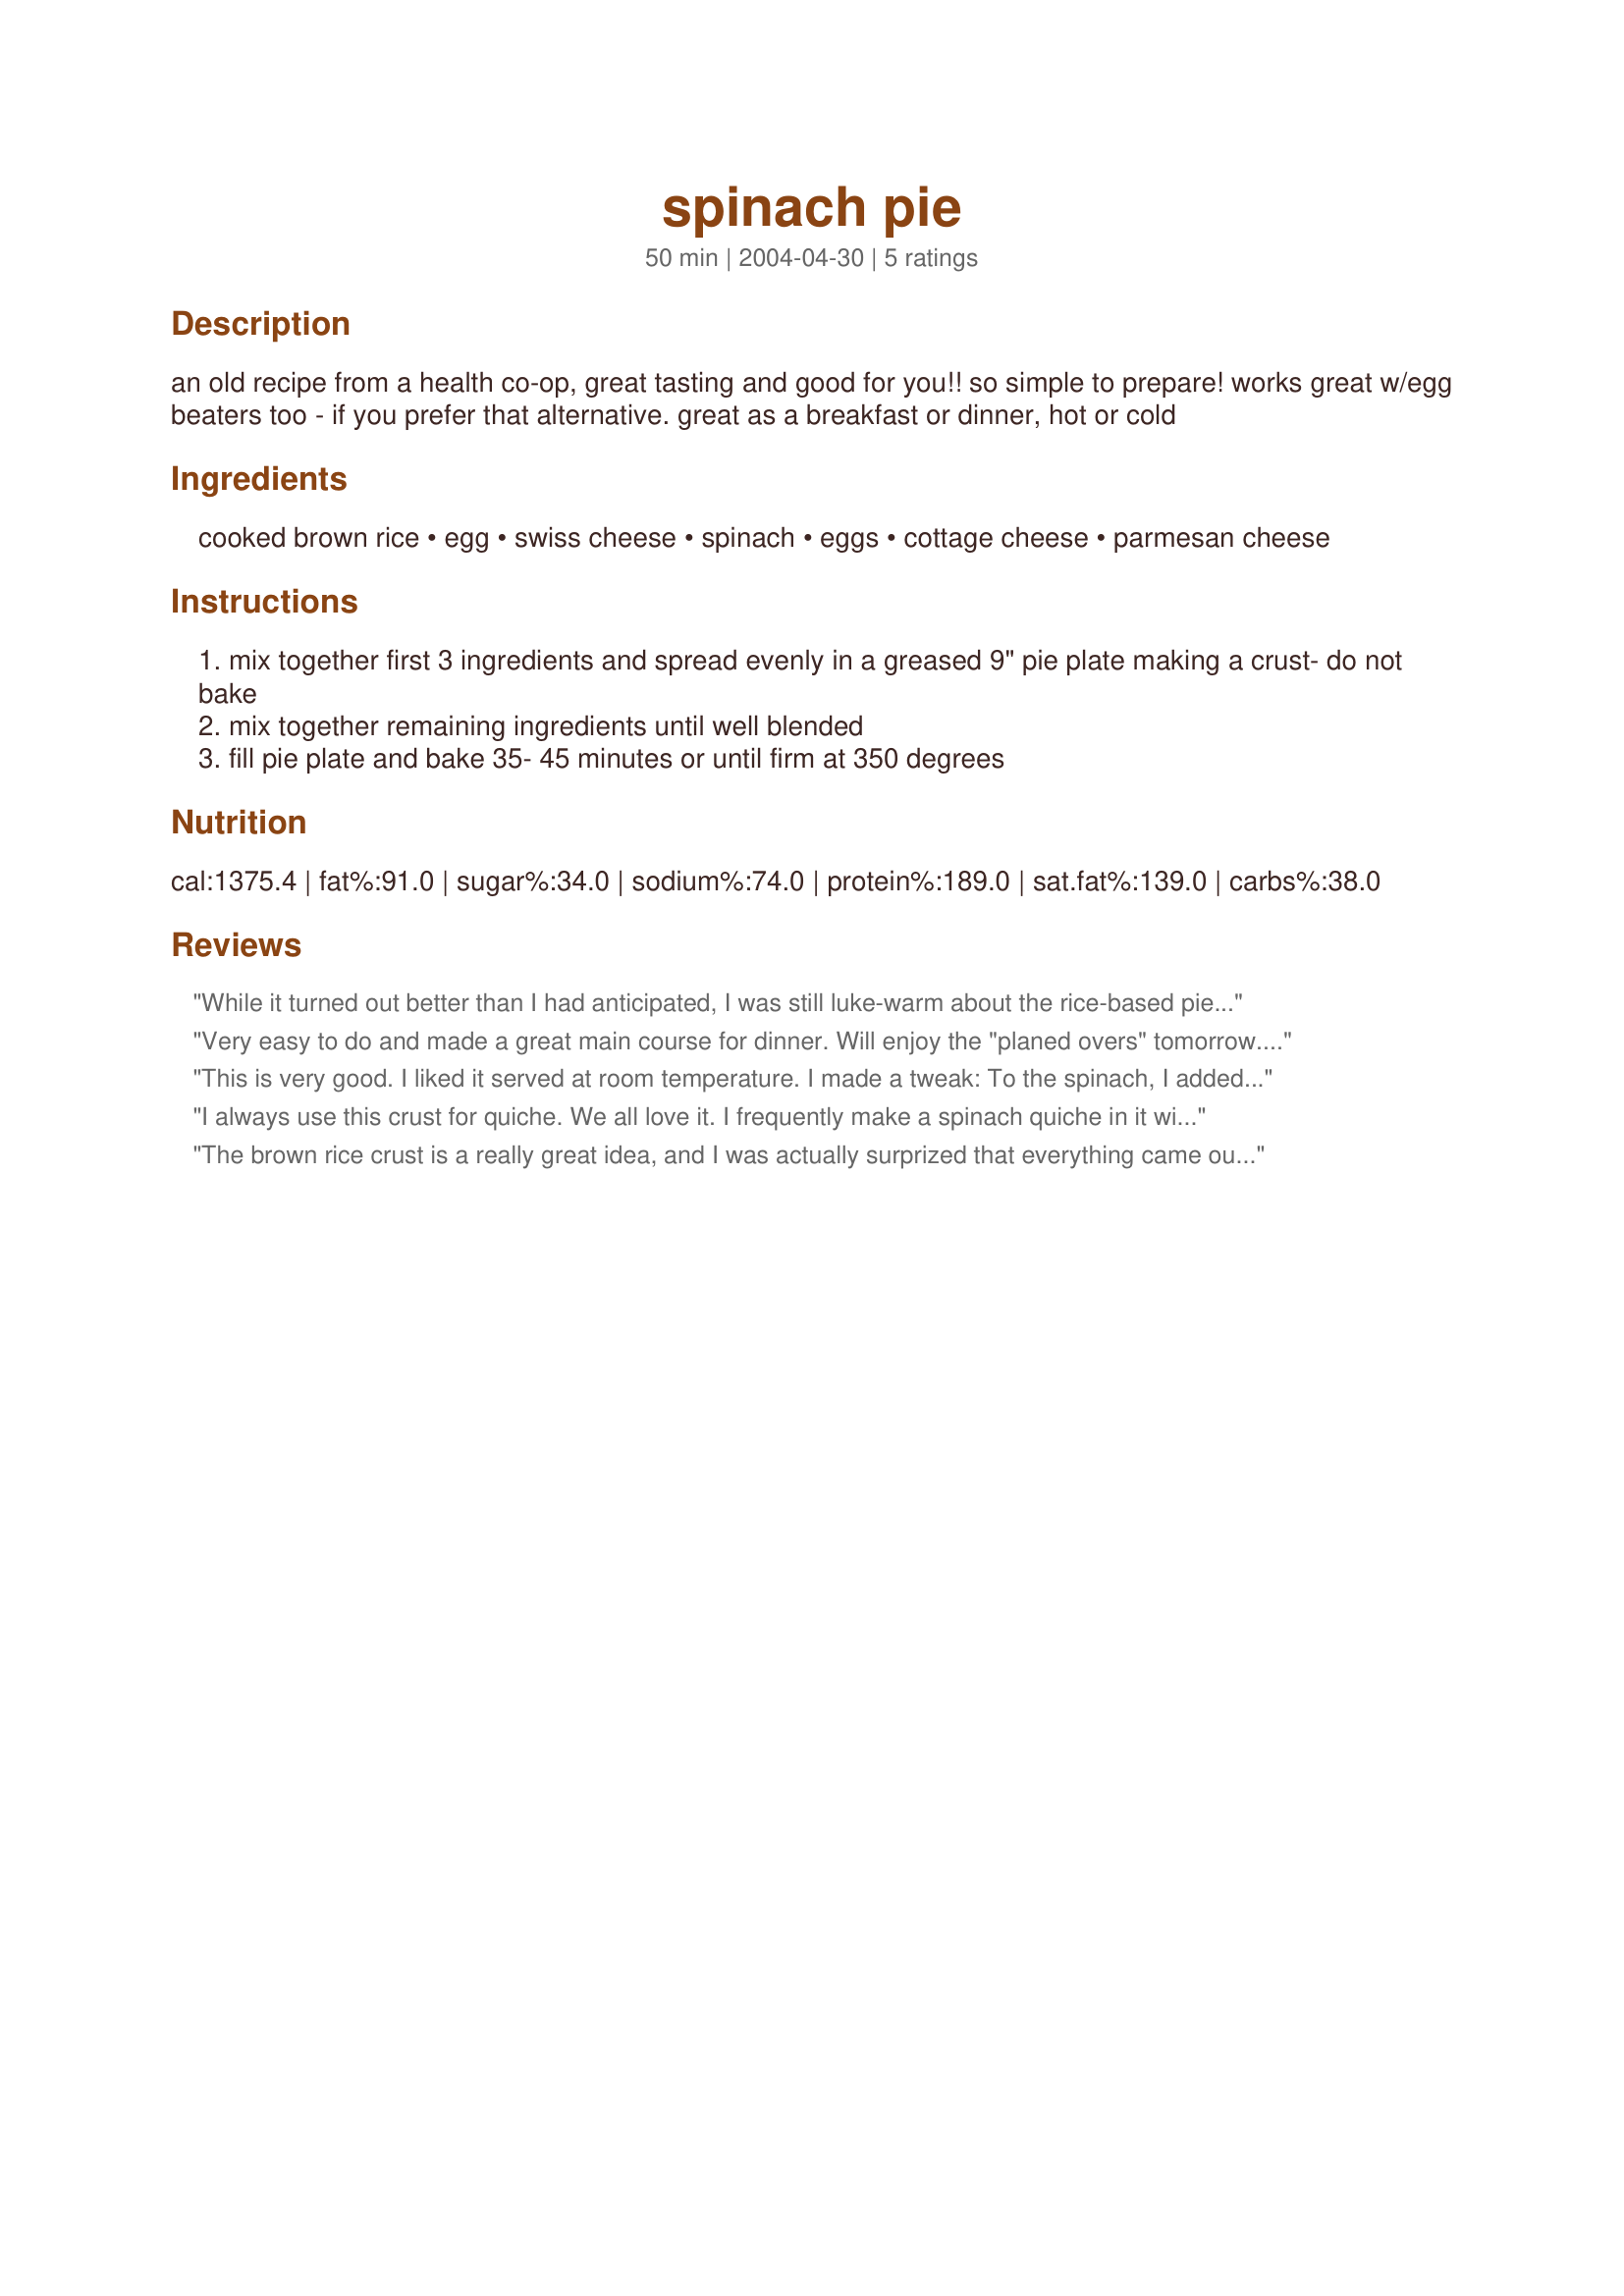
spinach pie
Preparation time: 50 minutes

an old recipe from a health co-op, great tasting and good for you!! so simple to prepare! works great w/egg beaters too - if you prefer that alternative. great as a breakfast or dinner, hot or cold

Ingredients:
cooked brown rice, egg, swiss cheese, spinach, eggs, cottage cheese, parmesan cheese

Steps:
mix together first 3 ingredients and spread evenly in a greased 9" pie plate making a crust- do not bake
mix together remaining ingredients until well blended
fill pie plate and bake 35- 45 minutes or until firm at 350 degrees

Reviews:
While it turned out better than I had anticipated, I was still luke-warm about the rice-based pie crust and would probably try the recipe again in a flour-based pie crust. The filling was delicious, however! I made a few modifications to the filling: only used 2 eggs instead of 3, added 1/4 cup of swiss, added a little salt and nutmeg.
Very easy to do and made a great main course for dinner. Will enjoy the "planed overs" tomorrow. Thanks megano o
This is very good. I liked it served at room temperature. I made a tweak: To the spinach, I added the juice and zest of a medium-size lemon, giving it a Mediterranian flare. I had to use white rice because I was out of brown. Since this is so easy to make, and I think fool-proof, I'll make this often. I want to try the rice crust with other fillings like south western, or summer veggies. Thanks!
I always use this crust for quiche. We all love it. I frequently make a spinach quiche in it with a few mushrooms added--yum!
The brown rice crust is a really great idea, and I was actually surprized that everything came out layered and nice and firm. I followed the recipe almost exactly, but I didn't have any parmesan and I made it in a 8x8 pan. Next time I will probably add some salt and pepper, and maybe some green onion or cilantro with the spinach. BTW, it was super easy! Thanks!
